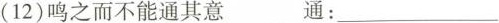
(12)鸣之而不能通其意 通：___